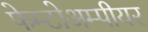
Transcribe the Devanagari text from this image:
फेम्टोअम्पीयर